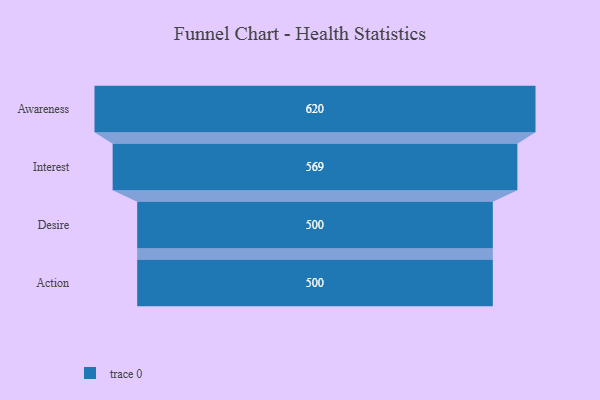
{"axis": {"x": "Stage", "y": "Value"}, "legend": [""], "data": [{"x": "Awareness", "y": 620.0, "type": ""}, {"x": "Interest", "y": 569.0, "type": ""}, {"x": "Desire", "y": 500, "type": ""}, {"x": "Action", "y": 500, "type": ""}]}